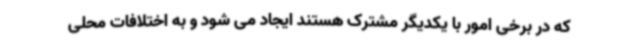
که در برخی امور با یکدیگر مشترک هستند ایجاد می شود و به اختلافات محلی